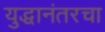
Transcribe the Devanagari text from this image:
युद्धानंतरचा